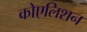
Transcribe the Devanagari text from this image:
कोएलिशन